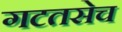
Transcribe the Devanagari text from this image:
गटतसेच